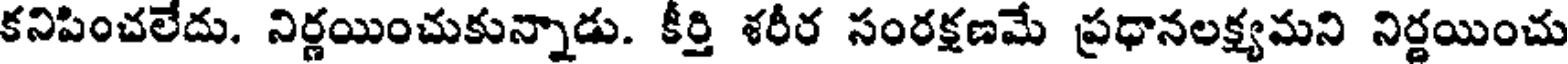
కనిపించలేదు. నిర్ణయించుకున్నాడు. కీర్తి శరీర సంరక్షణమే ప్రధానలక్ష్యమని నిర్ణయించు